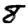
Digit: 8